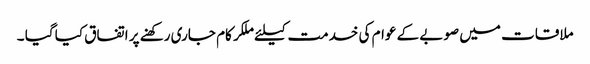
ملاقات میں صوبے کے عوام کی خدمت کیلئے ملکر کام جاری رکھنے پر اتفاق کیا گیا ۔